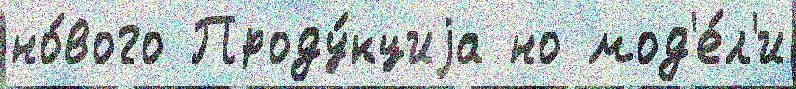
но́вого Проду́кциjа но мод'е́л'и